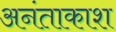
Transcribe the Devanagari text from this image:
अनंताकाश